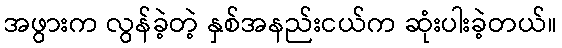
အဖွားက လွန်ခဲ့တဲ့ နှစ်အနည်းငယ်က ဆုံးပါးခဲ့တယ်။